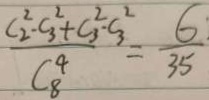
\frac { C _ { 2 } ^ { 2 } - C _ { 3 } ^ { 2 } + C _ { 3 } ^ { 2 } - C _ { 3 } ^ { 2 } } { C _ { 8 } ^ { 4 } } = \frac { 6 } { 3 5 }